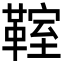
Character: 𩋡